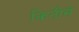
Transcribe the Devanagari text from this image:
कितीसे